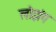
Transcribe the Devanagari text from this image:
लोझंग